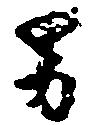
男